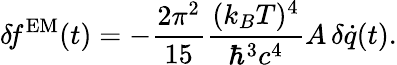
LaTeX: \delta\! f^{\mathrm{EM}}(t)=-{\frac{2\pi^{2}}{15}}{\frac{(k_{B}T)^{4}}{\hbar^{3}c^{4}}}A\, \delta\dot{q}(t).